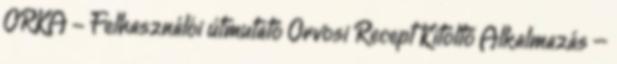
ORKA - Felhasználói útmutató Orvosi Recept Kitöltő Alkalmazás –